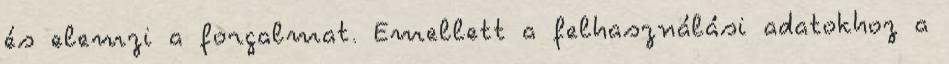
és elemzi a forgalmat. Emellett a felhasználási adatokhoz a